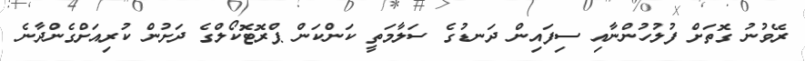
ރޭވުނު ގޮތަށް ފުލުހުންނާއި ސިފައިން ދަނޑުގެ ސަލާމަތީ ކަންކަން ޕްރޮޓޮކޯލްގެ ދަށުން ކުރިއަށްގެންދާނެ